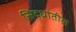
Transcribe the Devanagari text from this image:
सिद्धांतील